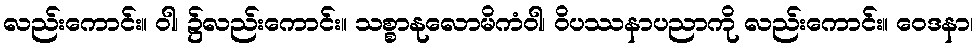
လည်းကောင်း။ ဝါ၊ ၌လည်းကောင်း။ သစ္စာနုလောမိကံဝါ၊ ဝိပဿနာပညာကို လည်းကောင်း။ ဝေဒနာ၊